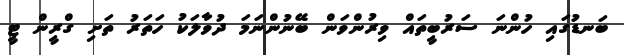
ބަނޑުގައި ހުންނަ ސަރުބީތައް ވިރުންވަން ބޭނުންނަމަ ދުވާލަކު ހަތަރު ތަށި ގްރީން ޓީ